38_143685_box_Incident_Summaries_173-233
Agency: Department of War
Page 142
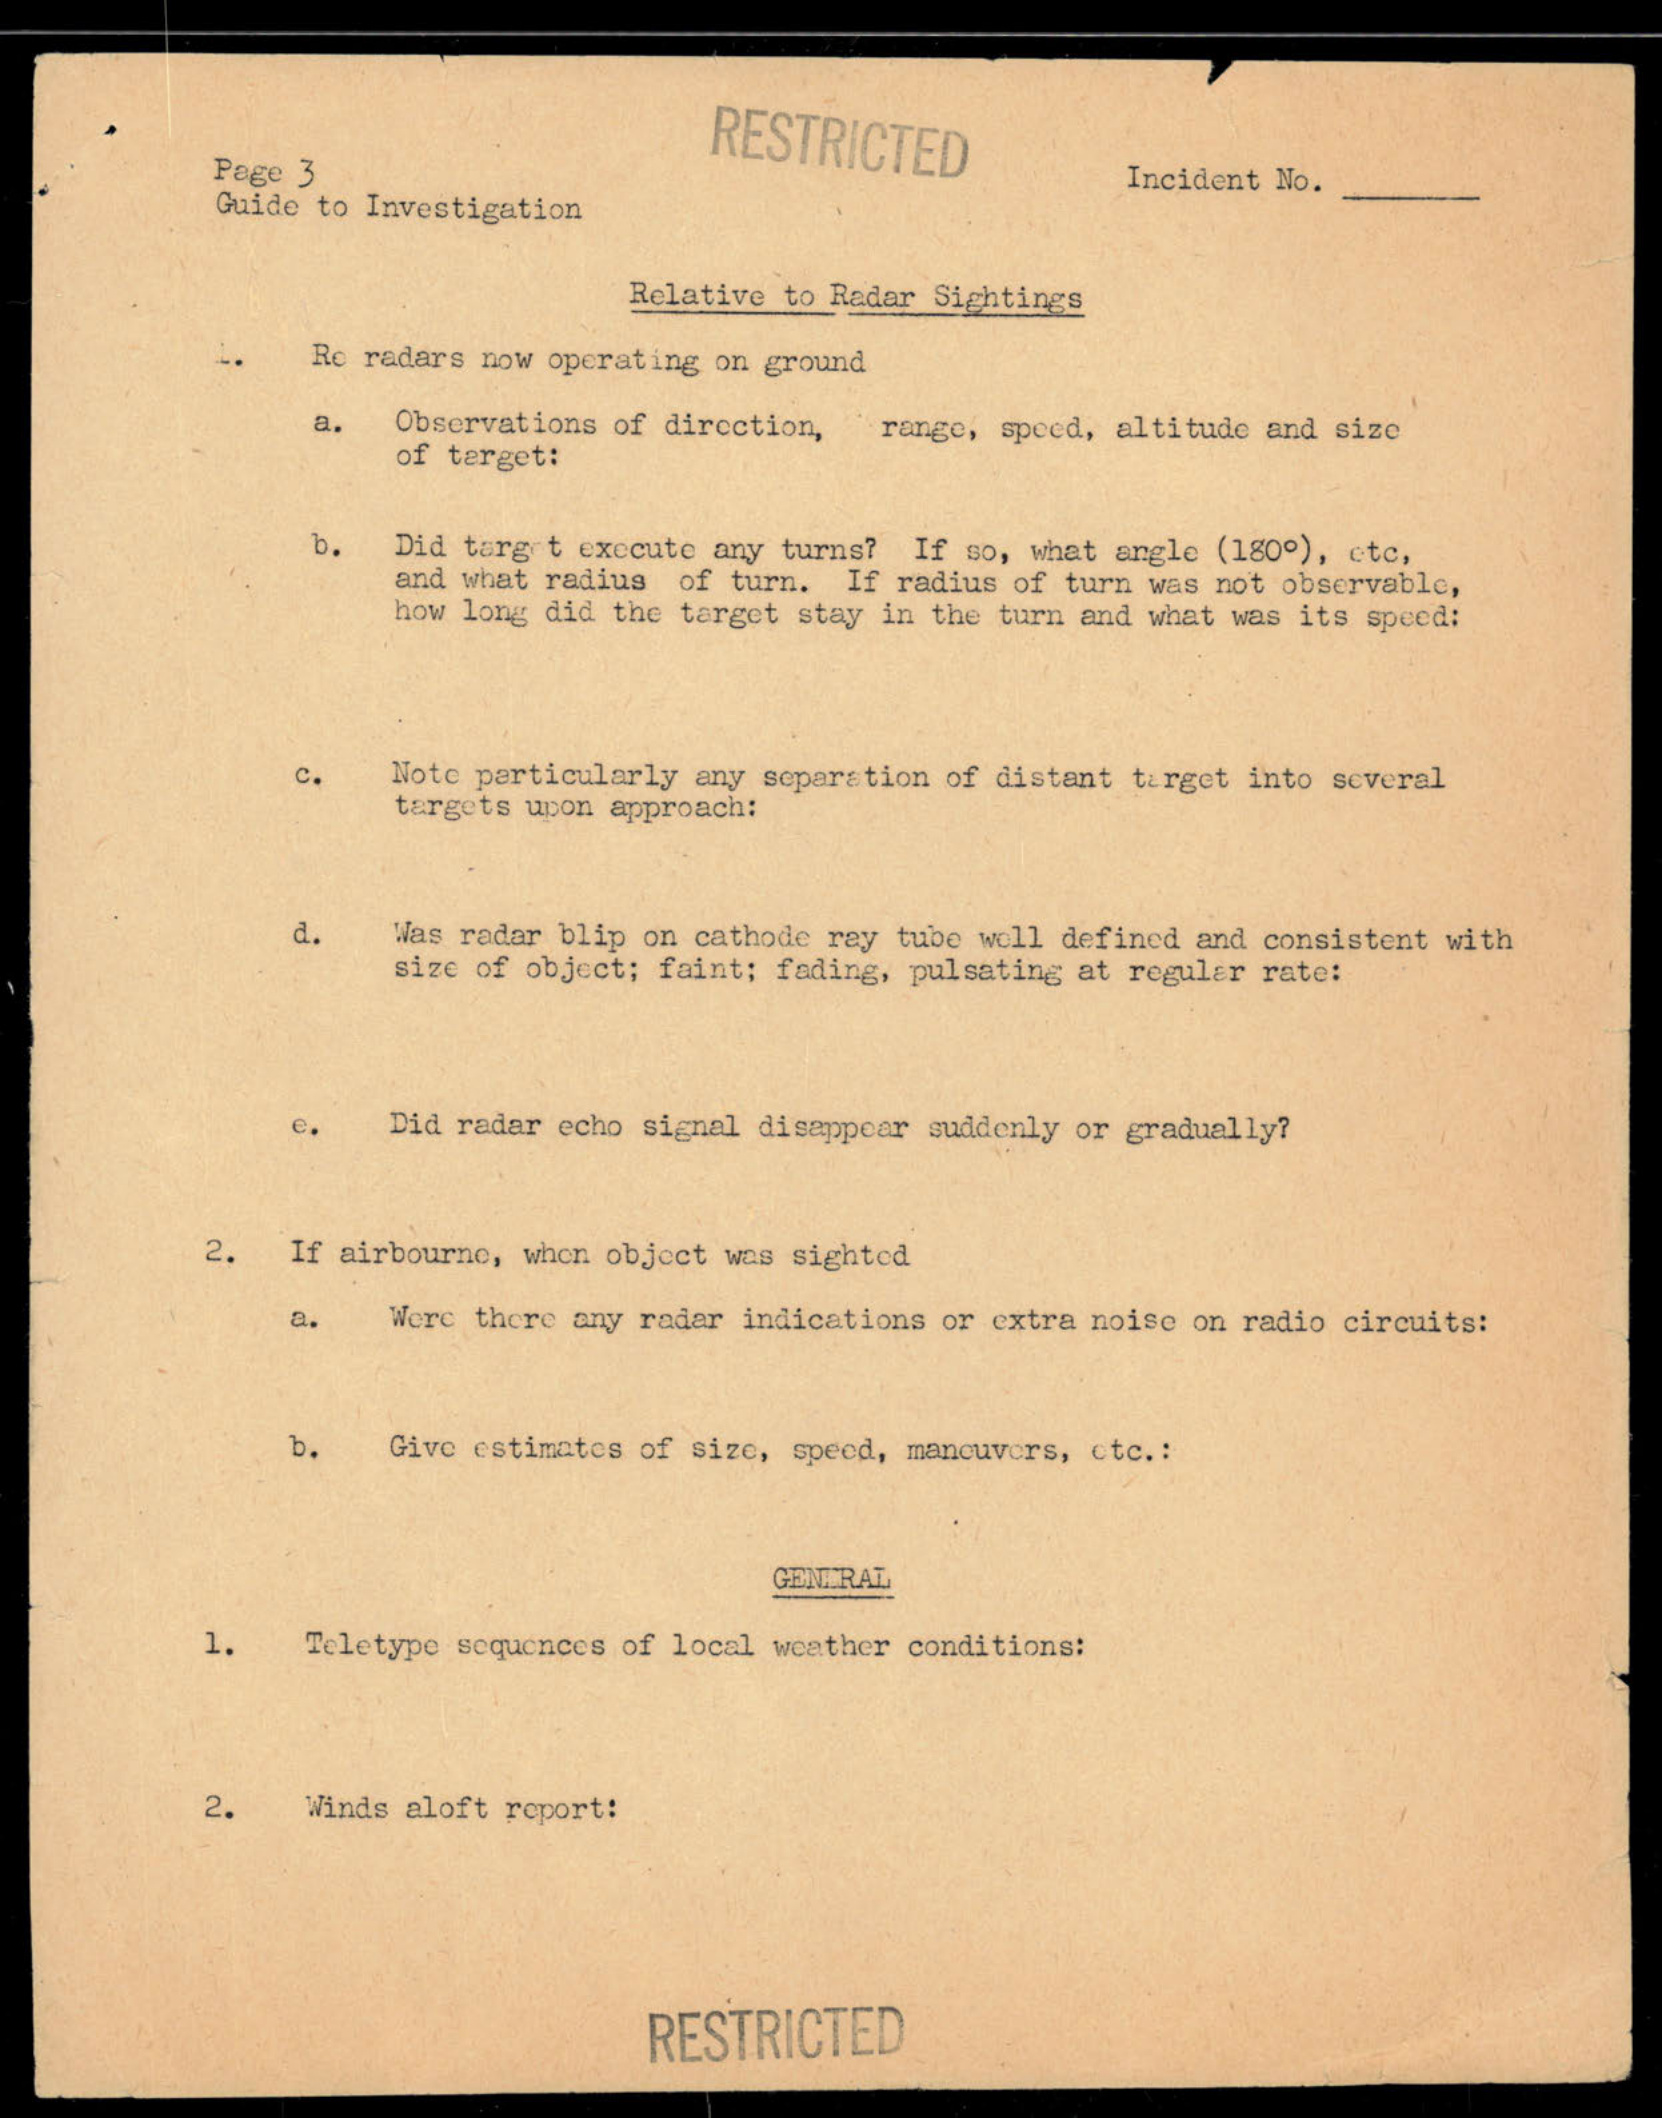